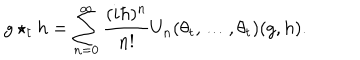
g \star _ { t } h = \sum _ { n = 0 } ^ { \infty } \frac { ( i \hbar ) ^ { n } } { n ! } U _ { n } ( \theta _ { t } , \ldots , \theta _ { t } ) ( g , h ) .